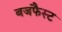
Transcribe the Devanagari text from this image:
बजफैस्ट